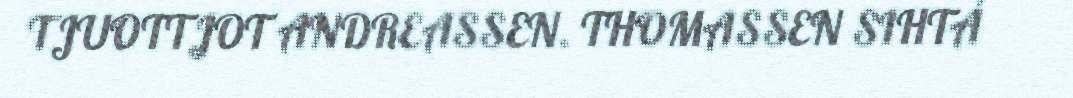
TJUOTTJOT ANDREASSEN. THOMASSEN SIHTÁ